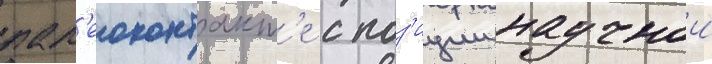
пал'еоконтакт'е с поз'иции научнои